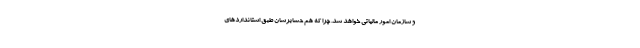
و سازمان امور مالیاتی خواهد شد. چرا که هم حسابرسان طبق استانداردهای